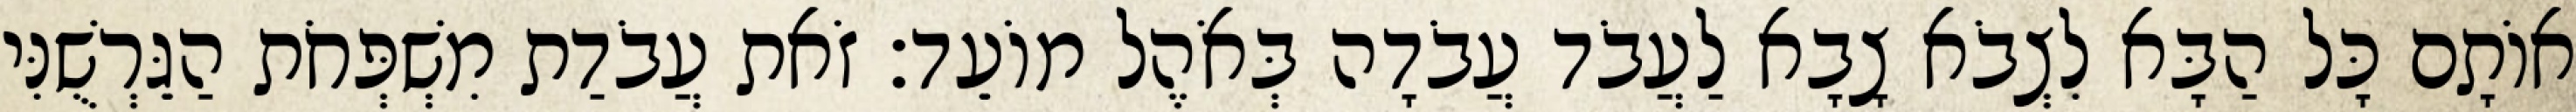
אוֹתָם כָּל הַבָּא לִצְבֹא צָבָא לַעֲבֹד עֲבֹדָה בְּאֹהֶל מוֹעֵד׃ זֹאת עֲבֹדַת מִשְׁפְּחֹת הַגֵּרְשֻׁנִּי